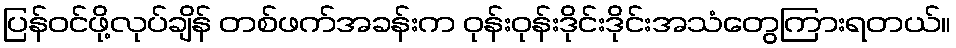
ပြန်ဝင်ဖို့လုပ်ချိန် တစ်ဖက်အခန်းက ဝုန်းဝုန်းဒိုင်းဒိုင်းအသံတွေကြားရတယ်။